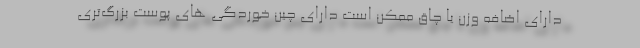
دارای اضافه وزن یا چاق ممکن است دارای چین خوردگی های پوست بزرگ‌تری